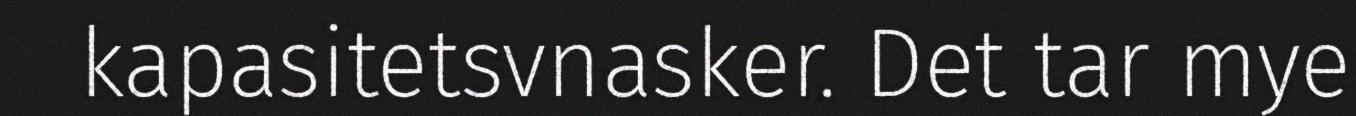
kapasitetsvnasker. Det tar mye